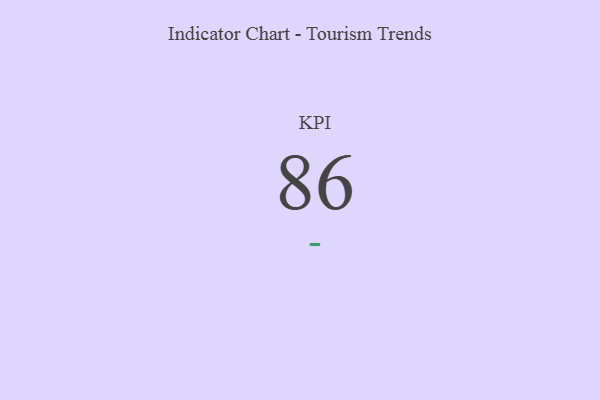
{"axis": {"x": "KPI", "y": "Value"}, "legend": [""], "data": [{"x": "KPI", "y": 86, "type": ""}]}